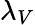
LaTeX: \lambda_{V}